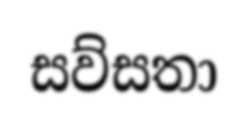
සව්සතා